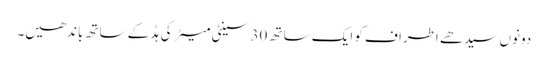
دونوں سیدھے اطراف کو ایک ساتھ 30 سینٹی میٹر کی ہڈ کے ساتھ باندھیں۔